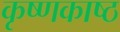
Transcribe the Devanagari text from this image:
कृष्णकाष्ठ